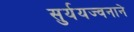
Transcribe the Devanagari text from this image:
सुर्ययज्वनाने